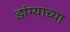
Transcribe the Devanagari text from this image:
डांग्याच्या